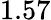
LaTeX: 1.57